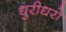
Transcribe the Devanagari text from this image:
धुरीधरो